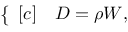
\begin{array} { r } { \left\{ \begin{array} { r l } { [ c ] } & { { } D = \rho W , } \end{array} \right. } \end{array}